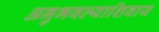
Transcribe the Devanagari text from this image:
अनुभवल्याशिवाय